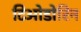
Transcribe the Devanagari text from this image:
टिओडोरिन